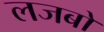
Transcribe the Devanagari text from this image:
लजबो